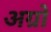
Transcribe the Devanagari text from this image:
अग्रो